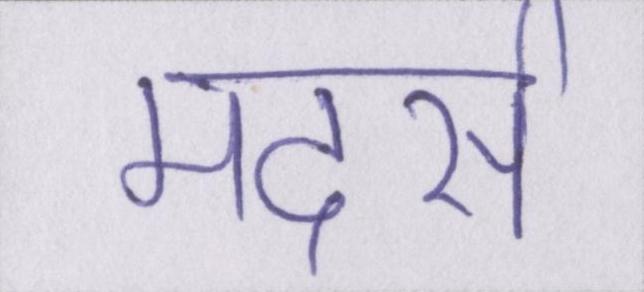
मदर्स